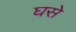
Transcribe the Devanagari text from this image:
घसे